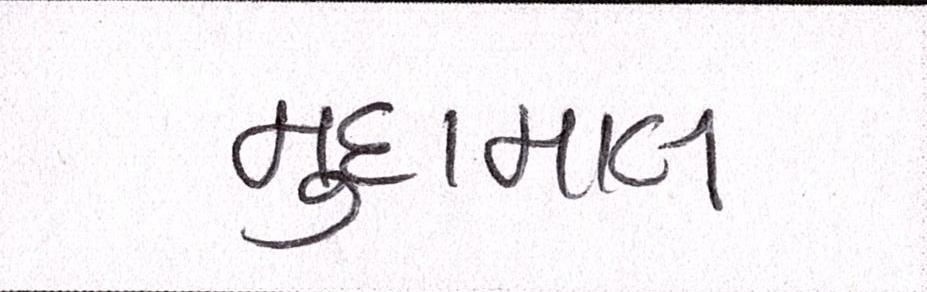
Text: મુદામાલ